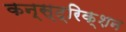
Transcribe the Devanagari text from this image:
कन्स्ट्रिक्शन